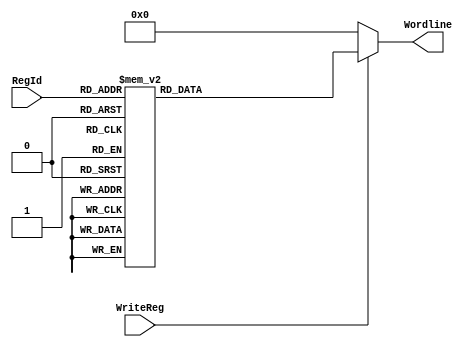
module WriteDecoder_4_16(input [3:0] RegId, input WriteReg, output [15:0] Wordline);
	reg [15:0] case_out;
	assign Wordline = WriteReg ? case_out : 16'h0;
	always @(RegId) begin
		case (RegId)
			4'h0 : case_out = 16'h0001;
			4'h1 : case_out = 16'h0002;
			4'h2 : case_out = 16'h0004;
			4'h3 : case_out = 16'h0008;
			4'h4 : case_out = 16'h0010;
			4'h5 : case_out = 16'h0020;
			4'h6 : case_out = 16'h0040;
			4'h7 : case_out = 16'h0080;
			4'h8 : case_out = 16'h0100;
			4'h9 : case_out = 16'h0200;
			4'hA : case_out = 16'h0400;
			4'hB : case_out = 16'h0800;
			4'hC : case_out = 16'h1000;
			4'hD : case_out = 16'h2000;
			4'hE : case_out = 16'h4000;
			4'hF : case_out = 16'h8000;
			default : case_out = 0; // shouldn't happen
		endcase
	end
endmodule